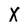
Character: X